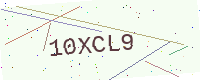
Text: 10XCL9